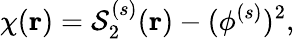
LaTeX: \chi(\mathbf{r})=\mathcal{S}_{2}^{(s)}(\mathbf{r})-(\phi^{(s)})^{2},